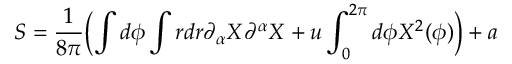
S = \frac { 1 } { 8 \pi } \Bigl ( \int d \phi \int r d r \partial _ { \alpha } X \partial ^ { \alpha } X + u \int _ { 0 } ^ { 2 \pi } d \phi X ^ { 2 } ( \phi ) \Bigr ) + a